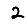
Digit: 2